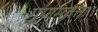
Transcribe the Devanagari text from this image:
गुणमवत्ता